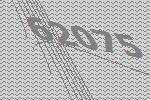
62075